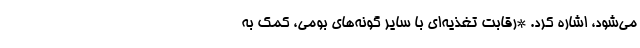
می‌شود، اشاره کرد. *رقابت تغذیه‌ای با سایر گونه­‌های بومی، کمک به